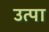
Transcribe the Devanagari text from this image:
उत्पा